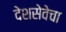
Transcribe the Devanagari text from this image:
देशसेवेचा